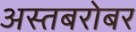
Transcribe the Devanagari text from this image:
अस्तबरोबर